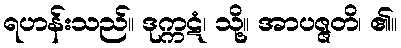
ရဟန်းသည်။ ဒုက္ကဋံ၊ သို့။ အာပဇ္ဇတိ၊ ၏။